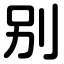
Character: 别